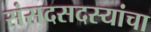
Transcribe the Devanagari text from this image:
संसदसदस्यांचा